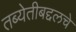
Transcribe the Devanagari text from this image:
तब्येतीबद्दलचे